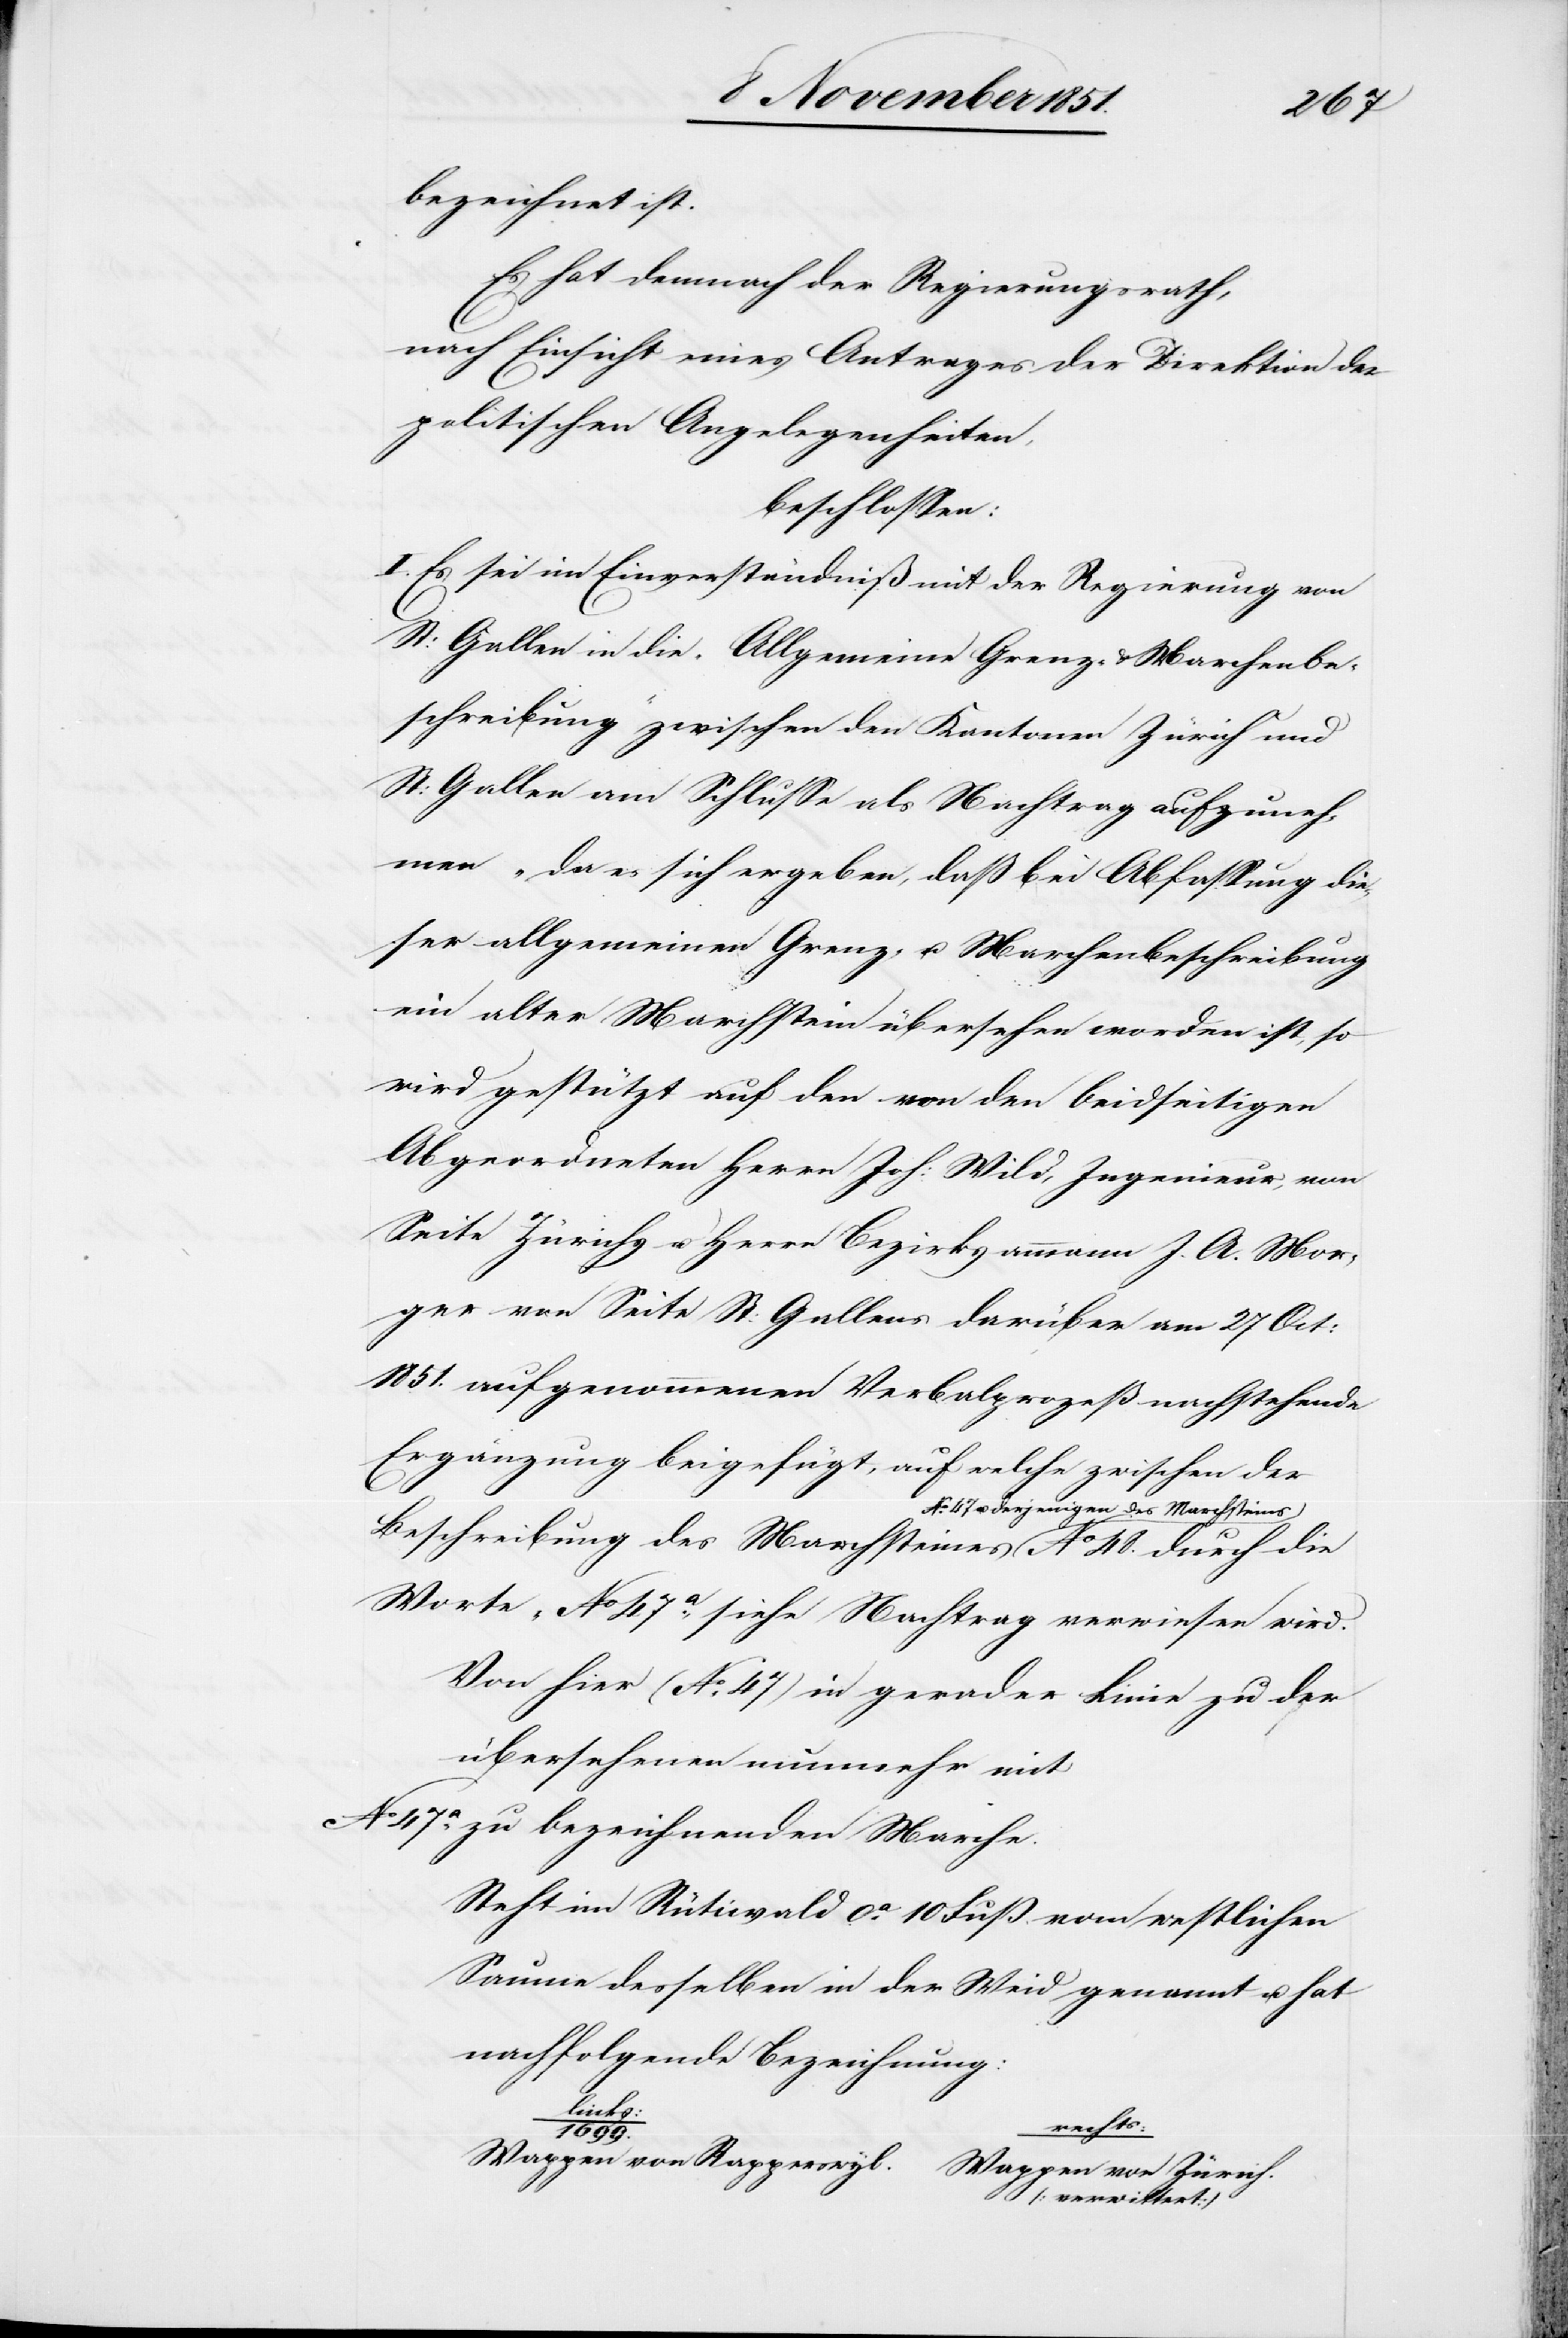
bezeichnet ist.
Es hat demnach der Regierungsrath,
nach Einsicht eines Antrages der Direktion der
politischen Angelegenheiten,
beschlossen:
I. Es sei im Einverständniß mit der Regierung von
St: Gallen in die „Allgemeine Grenz- & Marchenbe¬
schreibung“ zwischen den Kantonen Zürich und
St: Gallen am Schlusse als Nachtrag aufzuneh¬
men „da es sich ergeben, daß bei Abfassung die¬
ser allgemeinen Grenz- u. Marchenbeschreibung
ein alter Marchstein übersehen worden ist, so
wird gestützt auf den von den beidseitigen
Abgeordneten Herrn Joh: Wild, Ingenieur, von
Seite Zürichs u. Herrn Bezirksammann J. A. Mor¬
ger von Seite St: Gallens darüber am 27 Oct:
1851. aufgenommenen Verbalprozeß nachstehende
Ergänzung beigefügt, auf welche zwischen der
rjenigen des Marchsteins
Beschreibung des Marchsteines No. 47 u. de¬
Worte ‚No 47a., siehe Nachtrag[‘] verwiesen wird.
Von hier (No. 47) in gerader Linie zu der
übersehenen nunmehr mit
No. 47a. zu bezeichnenden Marche.
Steht im Rütiwald ca. 10 Fuß vom westlichen
Saume desselben in der Weid genannt u. hat
nachfolgende Bezeichnung:
links:
rechts:
1699.
Wappen von Rapperswyl.
Wappen von Zürich.
[verwittert]